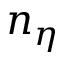
n _ { \eta }